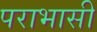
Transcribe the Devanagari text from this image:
पराभासी